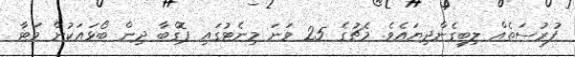
ފުރުސަތެއް ލިބިގެންދިޔައެވެ. މެޗުގެ 25 ވަނަ މިނެޓުގައި ޕޮގްބާ ދިން ބޯޅައަކުން މަޓާ